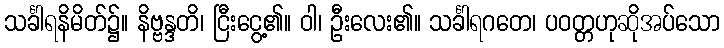
သင်္ခါရနိမိတ်၌။ နိဗ္ဗန္ဒတိ၊ ငြီးငွေ့၏။ ဝါ၊ ဦးလေး၏။ သင်္ခါရဂတေ၊ ပဝတ္တဟုဆိုအပ်သော